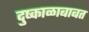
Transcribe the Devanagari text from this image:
दुष्काळाबाबत